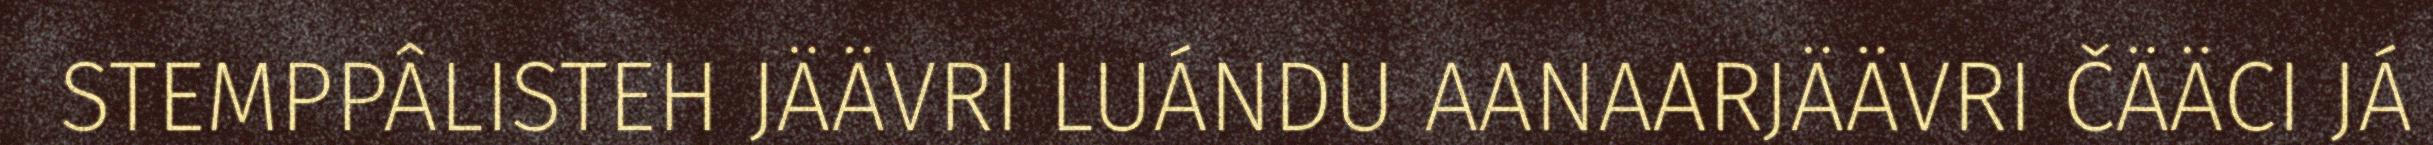
STEMPPÂLISTEH JÄÄVRI LUÁNDU AANAARJÄÄVRI ČÄÄCI JÁ